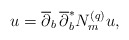
\begin{align*} u=\overline\partial_b\,\overline{\partial}^*_bN^{(q)}_mu,\end{align*}